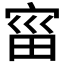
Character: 𫳗